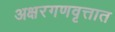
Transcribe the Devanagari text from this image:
अक्षरगणवृत्तात